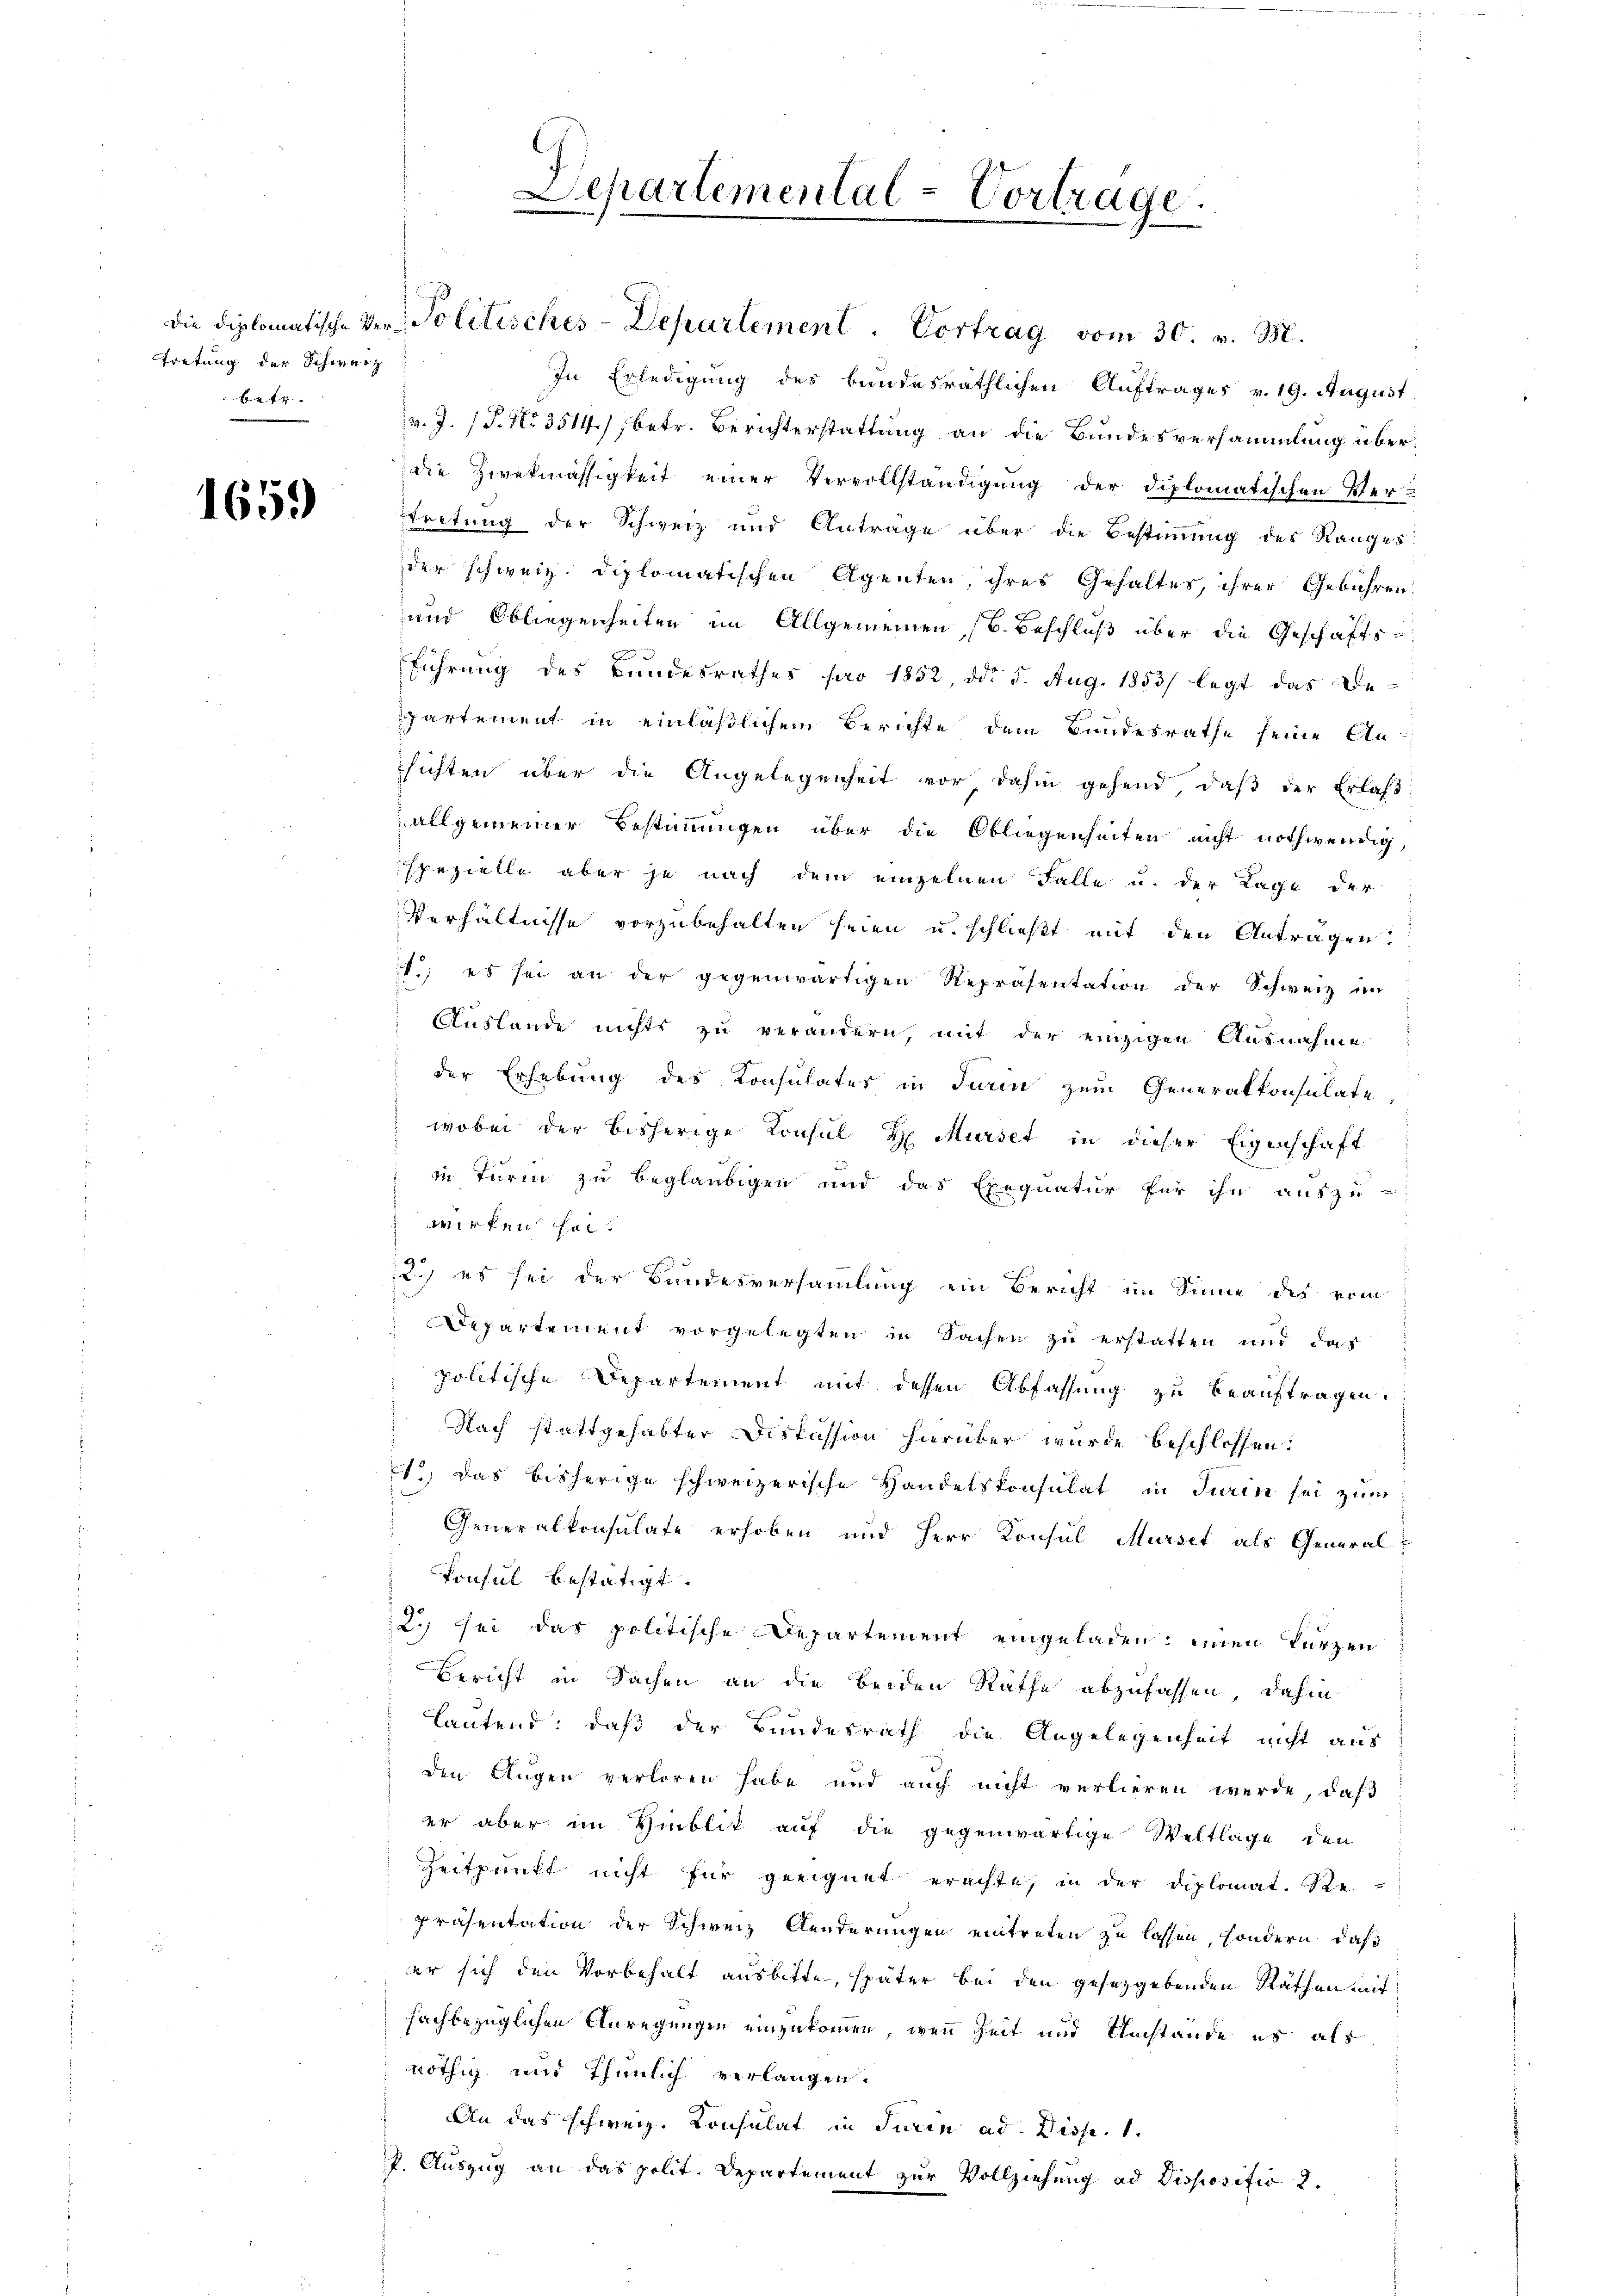
tretung der Schweiz
betr.

1659

Departemental-Vortrage.

In Erledigung des bundesräthlichen Auftrages v. 19. August
v. J. (T. No 3514), betr. Berichterstattung an die Bundesversammlung überdie Zwekmässigkeit einer Vervollständigung der diplomatischen Vertretung der Schweiz und Anträge über die Bestimmung des Ranges
der schweiz. Diplomatischen Agenten, ihres Gehaltes, ihrer Gebühren
und Obliegenheiten im Allgemeinen (B. Beschluß über die Geschäftsführung des Bundesrathes pro 1852, ddo 5. Aug. 1853 legt das De-
partement in einläßlichem Berichte dem Bundesrathe seine An-
sichten über die Angelegenheit vor dahin gehend, daß der Erlaß
allgemeiner Bestimmungen über die Obliegenheiten nicht nothwendig,
spezielle aber je nach dem einzelnen Falle u. der Lage der
Verhältnisse vorzubehalten seien u. schließt mit den Antragen.
1.) es sei an der gegenwärtigen Repräsentation der Schweiz im
Auslande nichts zu verändern, mit der einzigen Ausnahme
der Erhebung des Konsulates in Turin zum Generalkonsulate
wobei der bisherige Konsul H Murse in dieser Eigenschaft
in Turm zu beglaubigen und das Exequatur für ihn auszu-
wirken hat.
2) es sei der Bundesversammlung ein Bericht im Sinne des vom
Departement vorgelegten in Sachen zu erstatten und das
politische Departement mit dessen Abfassung zu beauftragen.
Nach stattgehabter Diskussion hierüber wurde beschlossen:
et, das bisherige schweizerische Handelskonsulat in Turin sei zum
Generalkonsulate erhoben und Herr Konsul Musset als General¬
Ponsul bestätigt.
2., sei das politische Departement eingeladen; einen kurzen
Bericht in Sachen an die beiden Rathe abzufassen, dahin
lautend: daß der Bundesrath die Angelegenheit nicht aus
den Augen verloren habe und auch nicht verlieren werde, daß
er aber im Hinblik auf die gegenwärtige Weltlage den
Zeitpunkt nicht für geeignet erachte, in der Diplomat. Re-
präsentation der Schweiz Aenderungen eintreten zu lassen, sondern, daß
er sich den Vorbehalt ausbitte, später bei den gesetzgebenden Räthen mit
fachbezüglichen Anregungen einzukommen, wenn Zeit und Umstände es als
nöthig und thunlich verlangen.
An das schweiz. Konsulat in Turin ad Disp. 1.
P. Auszug an das polit. Departement zur Vollziehung ad Dispositiv 2.

die diplomatische Ver- Politisches-Departement. Vortrag vom 30. v. M.